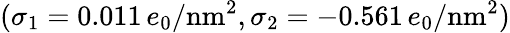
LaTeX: (\sigma_{1}=0.011\, e_{0}/\textrm{nm}^{2},\sigma_{2}=-0.561\, e_{0}/\textrm{nm}^{2})